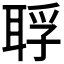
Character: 𦖀